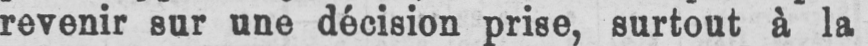
revenir sur une décision prise, surtout à la